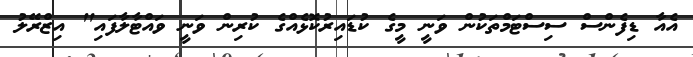
އެއާ ޑިފެންސް ސިސްޓަމްތަކުން ވަނީ މީގެ ކުޑައިރުކޮޅެއްގެ ކުރިން ވަނީ ވައްޓާލާފައި" އިޒްރޭލު